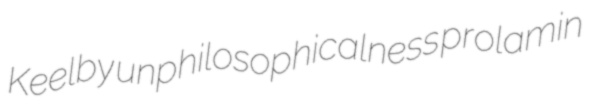
Keelby unphilosophicalness prolamin